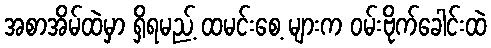
အစာအိမ်ထဲမှာ ရှိရမည့် ထမင်းစေ့ များက ဝမ်းဗိုက်ခေါင်းထဲ